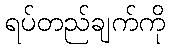
ရပ်တည်ချက်ကို